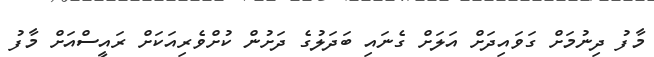
މާފު ދިނުމަށް ގަވައިދަށް އަލަށް ގެނައި ބަދަލުގެ ދަށުން ކުށްވެެރިއަކަށް ރައީސްއަށް މާފު